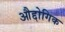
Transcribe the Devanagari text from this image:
औद्दोगिक